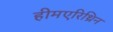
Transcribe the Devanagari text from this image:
हीमएरिथ्रिन